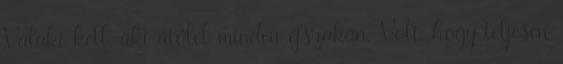
Valaki kell, aki átölel minden éjszakán. Volt, hogy teljesen